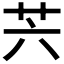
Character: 𦬩